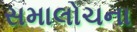
સમાલોચના